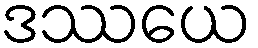
ဒဿယေ